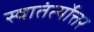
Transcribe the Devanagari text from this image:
स्वातंर्त्योत्तर